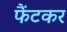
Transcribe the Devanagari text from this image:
फैंटकर